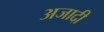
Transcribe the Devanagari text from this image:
अजादी